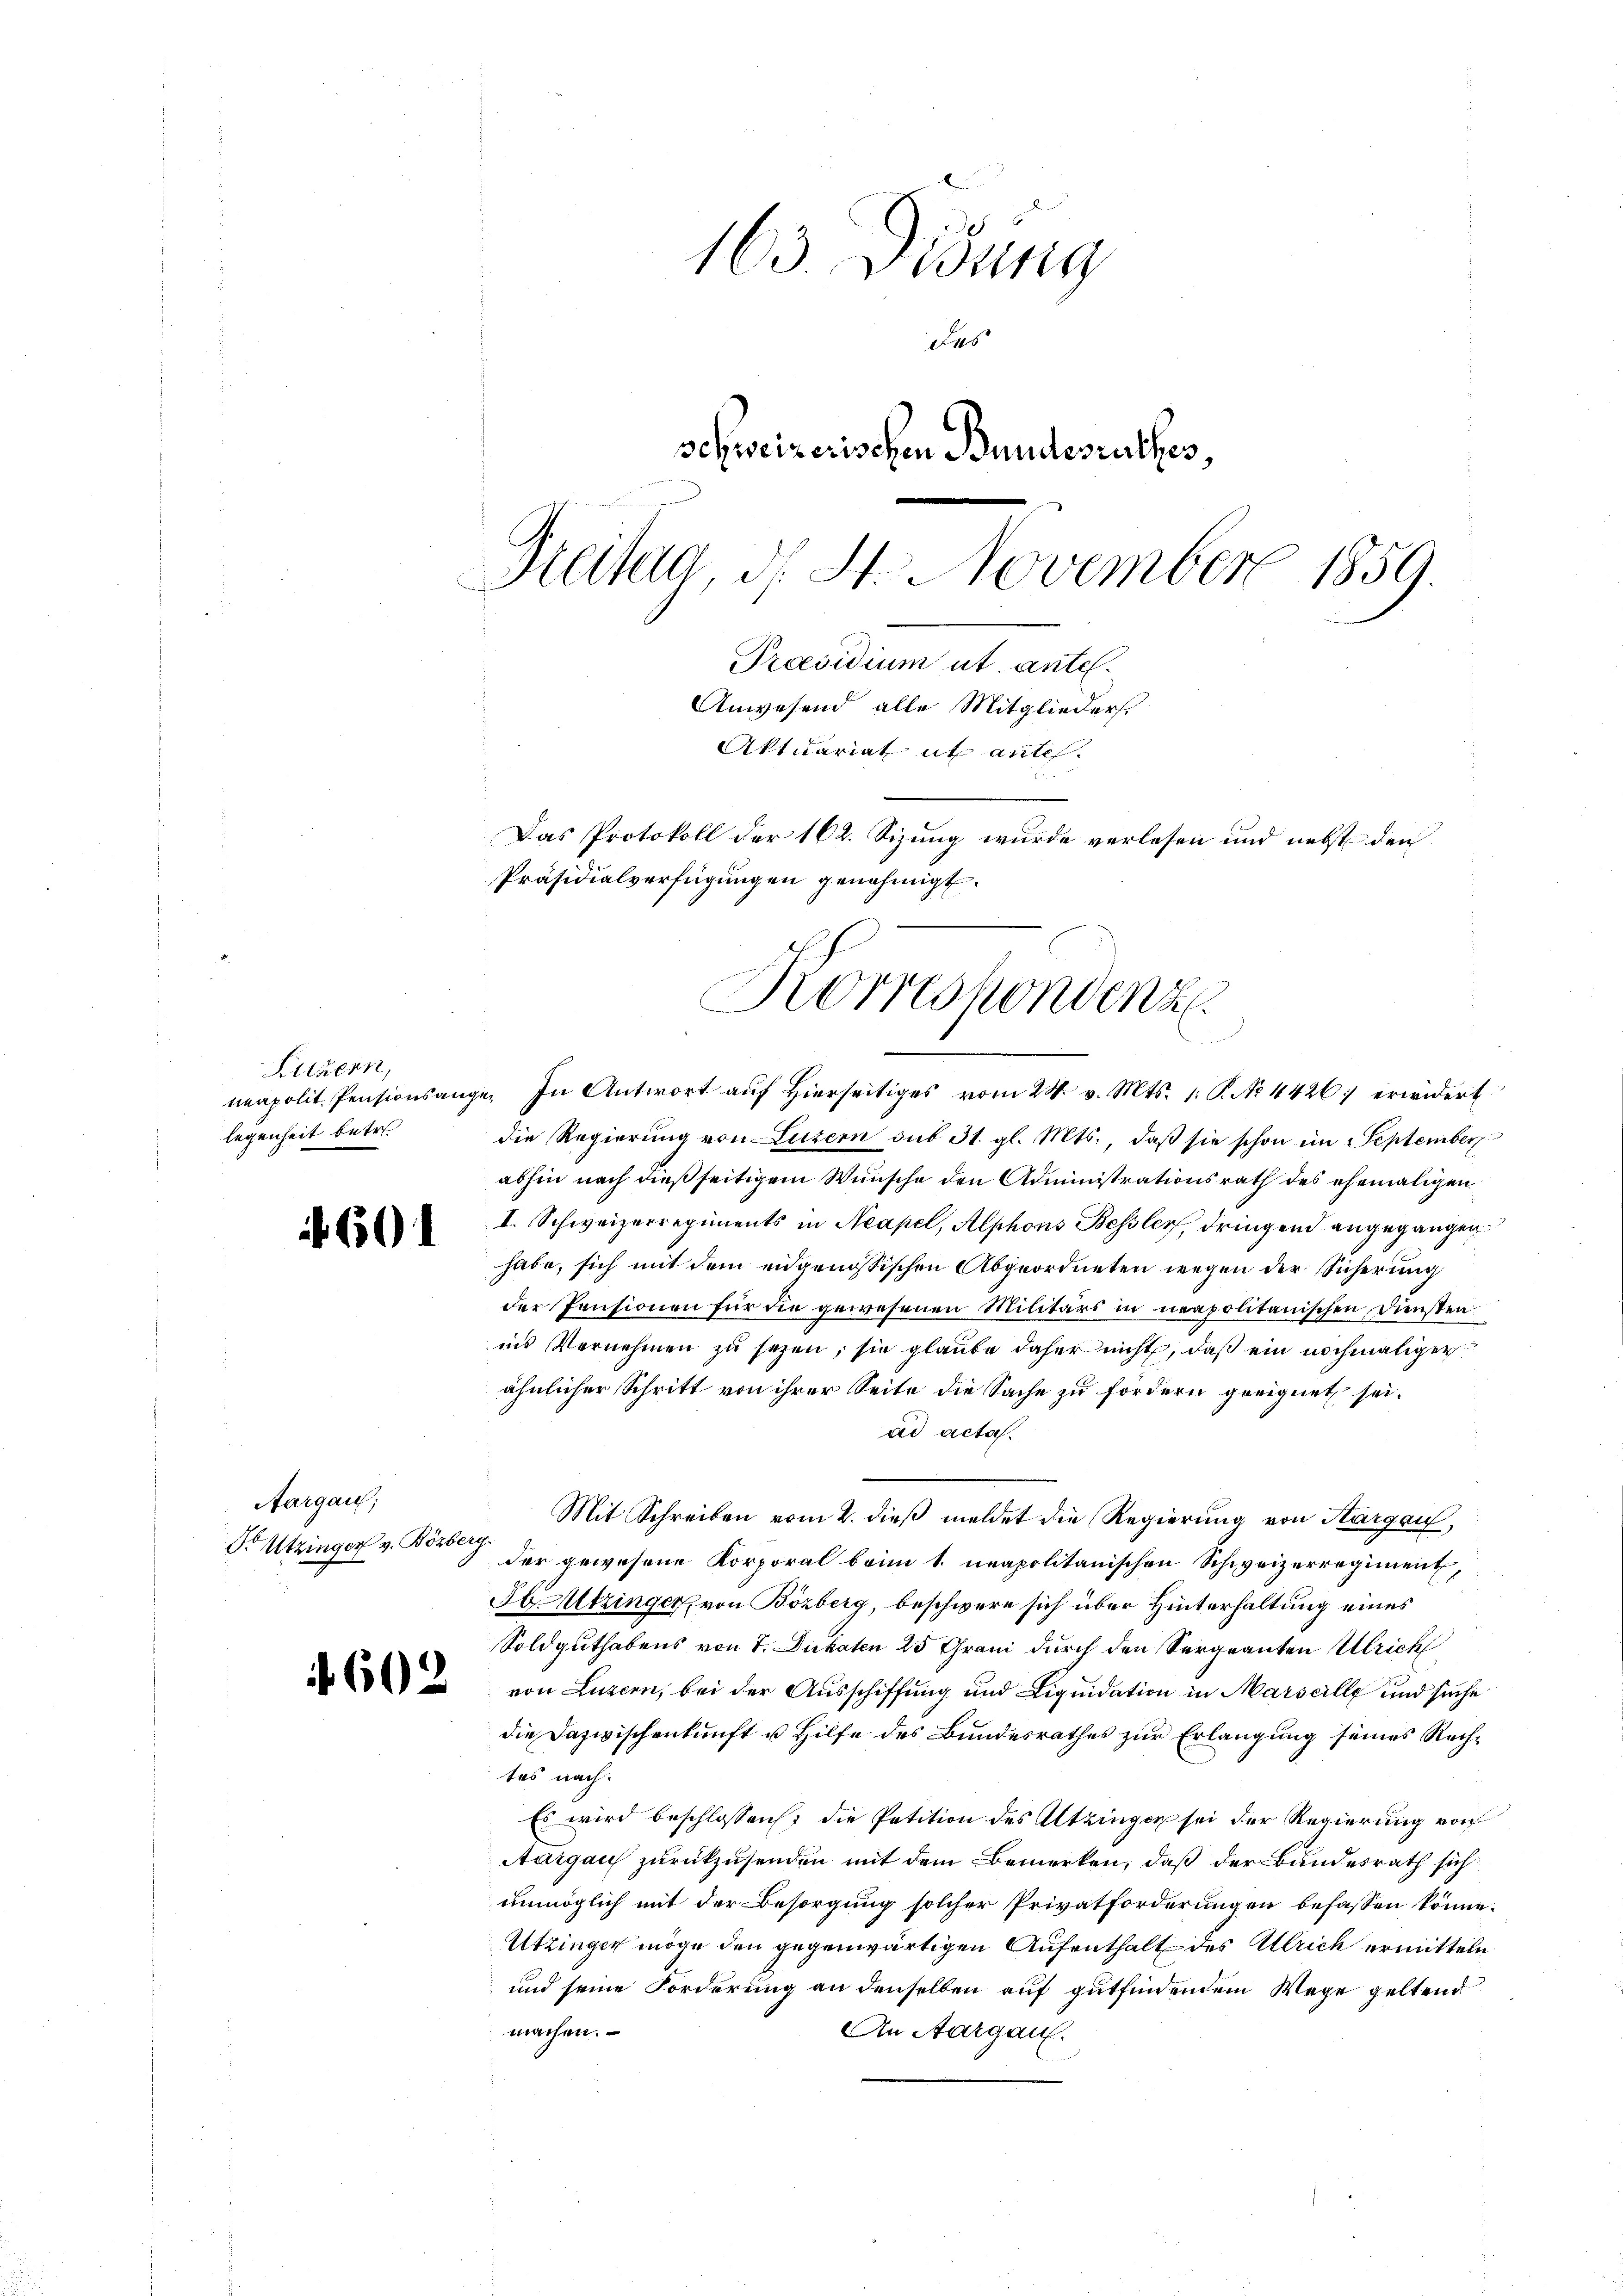
Litzern,
legenheit betr.

601

Aargau;
Dr Utzinger v. Bözberg.

163. Didung
das
schweizerischen Bundesrathes,
Freiha, d. 4. November 1859.
Praesidium ut. ante.
Anwesend alle Mitglieders.
Aktuariat ut ante
Das Protokoll der 162. Sizung wurde verlesen und nebst den
Präsidialverfügungen genehmigt.

Korrespondenz
neapolit. Pensionsange. In Antwort aŭf hierseitiges vom 24. v. Mts. 1. P. No. 4426. erwidert

die Regierŭng von Luzern sub 31. gl. Mts., daβ sie schon im September
abhin nach dießseitigem Wunsche den Administrationsrath des ehemaligen
I. Schweizerregiments in Neapel, Alphons Bessler, dringend angegangen
habe, sich mit dem eidgenössischen Abgeordneten wegen der Sicherung
der Pensionen für die gewesenen Militärs in neapolitanischen Diensten
ins Vernehmen zu sezen, sie glaube daher nicht, daß ein nochmaliger
ähnlicher Schritt von ihrer Seite die Sache zu fordern geeignet sei.
ad acta.
Mit Schreiben vom 2. dieß meldet die Regierung von Thurgau,
der gewesene Korporal beim 1. neapolitanischen Schweizerregiment,
SUtzinger von Bözberg, beschwere sich über Hinterhaltung eines
Soldguthabens von 7. Dukaten 25 Grani durch den Vergranten Ulrich
 u von Luzern, bei der Aŭsschiffung und Liquidation in Marseille und suche
die Dazwischenkunft u. Hilfe des Bundesrathes zur Erlangung seines Rechtes nach.
Es wird beschlossen; die Petition des Altzingen sei der Regierung von
Aargau zurückzusenden mit dem Bemerken, daß der Bundesrath sich
unmöglich mit der Besorgung solcher Privatforderungen befassen könne.
Utzinger möge den gegenwärtigen Aufenthalt des Ulrich ermitteln
und seine Forderung an denselben auf gutfindendem Wege geltend
machen.
An Aargau.